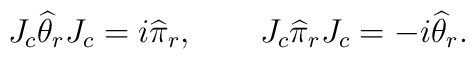
J_c \widehat \theta_r J_c = i \widehat \pi_r, \qquad J_c \widehat \pi_rJ_c = -i \widehat \theta_r.